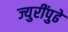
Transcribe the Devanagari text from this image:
ज्युरींपुढे